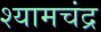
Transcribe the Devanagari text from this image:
श्यामचंद्र